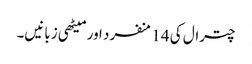
چترال کی 14 منفرد اور میٹھی زبانیں۔